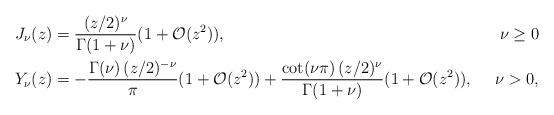
LaTeX: \begin{align*} \begin{aligned}J_\nu(z) & =\frac{(z/2)^{\nu}}{\Gamma(1+\nu)}(1+\mathcal{O}(z^2)), & \nu \geq 0 \\Y_\nu(z) & = -\frac{\Gamma(\nu)\,(z/2)^{-\nu}}{\pi}(1+\mathcal{O}(z^2)) + \frac{\cot(\nu \pi)\, (z/2)^{\nu}}{\Gamma(1+\nu)}(1+\mathcal{O}(z^2)), \ \ & \nu>0,\end{aligned}\end{align*}